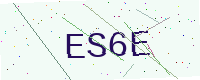
Text: ES6E